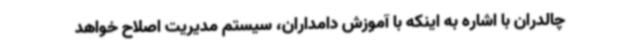
چالدران با اشاره به اینکه با آموزش دامداران، سیستم مدیریت اصلاح خواهد